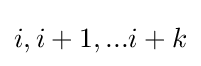
i,i+1,...i+k